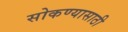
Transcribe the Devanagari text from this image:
सोकण्यासाठी